Medical and sanitary report of the native army of Bengal for the year
Year: 1874
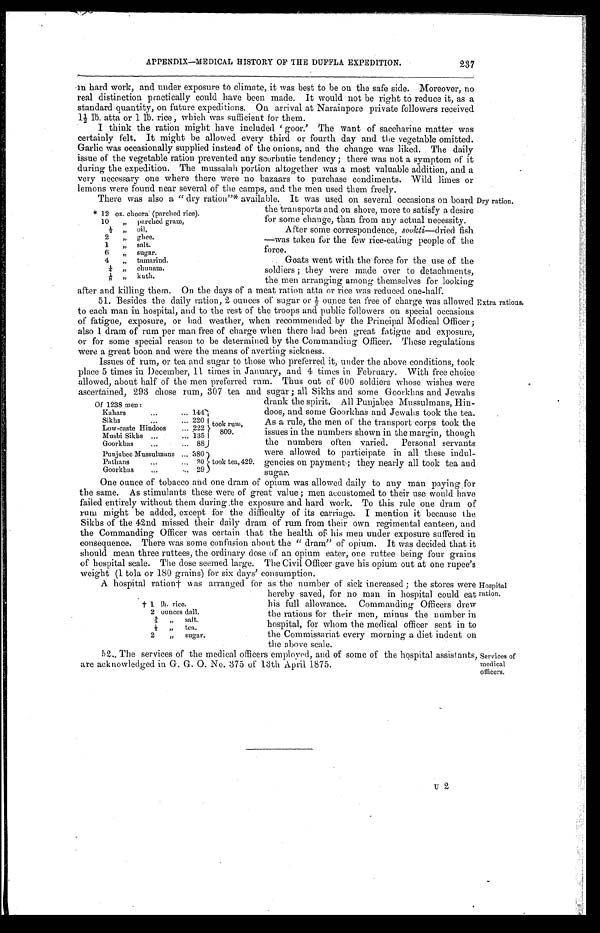
APPENDIX—MEDICAL HISTORY OF THE DUFFLA EXPEDITION.
237
in hard work, and under exposure to climate, it was best to be on the safe side. Moreover, no
real distinction practically could have been made. It would not be right to reduce it, as a
standard quantity, on future expeditions. On arrival at Narainpore private followers received
1 1/2 1b. atta or 1 1b. rice, which was sufficient for them.
I think the ration might have included 'goor.' The want of saccharine matter was
certainly felt. It might be allowed every third or fourth day and the vegetable omitted.
Garlic was occasionally supplied instead of the onions, and the change was liked. The daily
issue of the vegetable ration prevented any scorbutic tendency ; there was not a symptom of it
during the expedition. The mussalah portion altogether was a most valuable addition, and a
very necessary one where there were no bazaars to purchase condiments. Wild limes or
lemons were found near several of the camps, and the men used them freely.
There was also a " dry ration"‫٭‬ available. It was used on several occasions on board
the transports and on shore, more to satisfy a desire
for some change, than from any actual necessity.
After some correspondence, s ookti—dried fish
—was taken for the few rice-eating people of the
force.
Goats went with the force for the use of the
soldiers ; they were made over to detachments,
the men arranging among themselves for looking
‫٭‬ 12 oz. choora (parched rice).
10
„ parched gram,
1 / 2
„ oil.
2
„ ghee.
1
„ salt.
6
„ sugar.
4
„ tamarind.
1 / 4
„ chunam.
1 / 8
, ,
kuth.
Dry ration.
after and killing them. On the days of a meat ration atta or rice was reduced one-half.
51. Besides the daily ration, 2 ounces of sugar or 1/2 ounce tea free of charge was allowed
to each man in hospital, and to the rest of the troops and public followers on special occasions
of fatigue, exposure, or bad weather, when recommended by the Principal Medical Officer ;
also 1 dram of rum per man free of charge when there had been great fatigue and exposure,
or for some special reason to be determined by the Commanding Officer. These regulations
w e r e a g r e a t b o o n a n d w e r e t h e m e a n s o f a v e r t i n g s i c k n e s s .
Extra rations.
Issues of rum, or tea and sugar to those who preferred it, under the above conditions, took
place 5 times in December, 11 times in January, and 4 times in February. With free choice
allowed, about half of the men preferred rum. Thus out of 600 soldiers whose wishes were
ascertained, 293 chose rum, 307 tea and sugar ; all Sikhs and some Goorkhas and Jewahs
Of 1238 men :
took rum,
809
.
Kahars
...
... 144
Sikhs
. . .
... 220
Low-caste Hindoos
... 222
Musbi Sikhs ...
... 135
Goorkhas
...
... 88
Punjabee Mussulmans
. . . 380
took tea, 429.
Pathans
...
. . .
2 0
Goorkhas
. . .
. . . 29
drank the spirit. All Punjabee Mussulmans, Hin-
doos, and sonic Goorkhas and Jewahs took the tea.
As a rule, the men of the transport corps took the
issues in the numbers shown in the margin, though
the numbers often varied. Personal servants
were allowed to participate in all these indul-
gencies on payment ; they nearly all took tea and
sugar.
One ounce of tobacco and one dram of opium was allowed daily to any man paying for
the same. As stimulants these were of great value ; men accustomed to their use would have
failed entirely without them during the exposure and hard work. To this rule one dram of
rum might be added, except for the difficulty of its carriage. I mention it because the
Sikhs of the 42nd missed their daily dram of rum from their own regimental canteen, and
the Commanding Officer was certain that the health of his men under exposure suffered in
consequence. There was some confusion about the " dram" of opium. It was decided that it
should mean three ruttees, the ordinary dose of an opium eater, one ruttee being four grains
of hospital scale. The dose seemed large. The Civil Officer gave his opium out at one rupee's
weight (1 tola or 180 grains) for six days' consumption.
A hospital ration † was arranged for as the number of sick increased ; the stores were
hereby saved, for no man in hospital could eat
his full allowance. Commanding Officers drew
the rations for their men, minus the number in
hospital, for whom the medical officer sent in to
the Commissariat every morning a diet indent on
the above scale.
† 1 lb. rice.
2 ounces dall.
2 / 3 „
salt.
1 / 2
„
tea.
2
„
sugar.
Hospital
ration.
52. The services of the medical officers employed, and of some of the hospital assistants,
are acknowledged in G. G. O. No. 375 of 13th April 1875.
Services of
medical
officers.
U 2